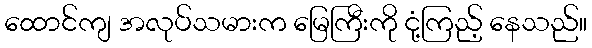
ထောင်ကျ အလုပ်သမားက မြေကြီးကို ငုံ့ကြည့် နေသည်။